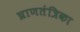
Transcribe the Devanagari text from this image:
घ्राणतंत्रिका